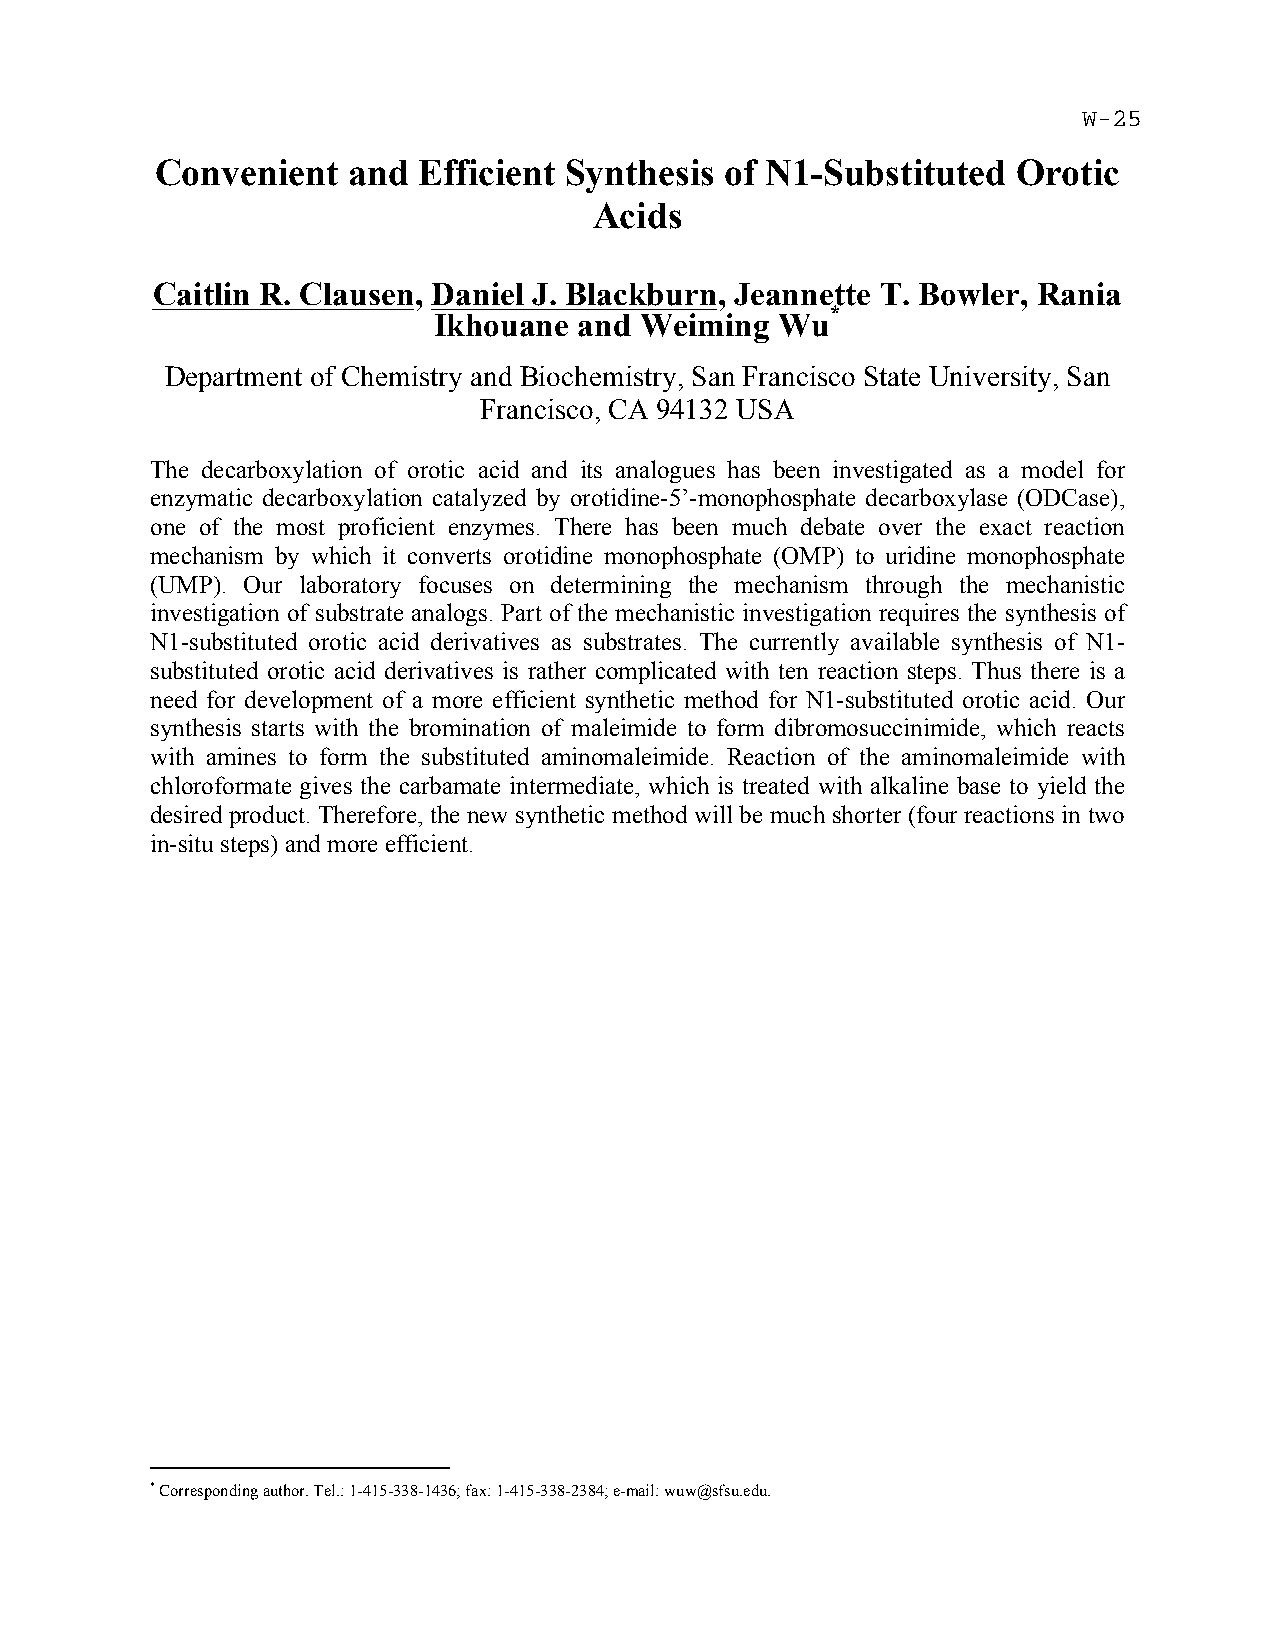
Convenient   and  Efficient Synthesis of N1-Substituted  Orotic
 Acids
 Caitlin R. Clausen, Daniel J. Blackburn, Jeannette T. Bowler, Rania
 *
 Ikhouane and Weiming   Wu
 Department of Chemistry and Biochemistry, San Francisco State University, San
 Francisco, CA 94132 USA
 The decarboxylation of orotic acid and its analogues has been investigated as a model for
 enzymatic decarboxylation catalyzed by orotidine-5’-monophosphate decarboxylase (ODCase),
 one of the most proficient enzymes. There has been much debate over the exact reaction
 mechanism by which it converts orotidine monophosphate (OMP) to uridine monophosphate
 (UMP). Our laboratory focuses on determining the mechanism through the mechanistic
 investigation of substrate analogs. Part of the mechanistic investigation requires the synthesis of
 N1-substituted orotic acid derivatives as substrates. The currently available synthesis of N1-
 substituted orotic acid derivatives is rather complicated with ten reaction steps. Thus there is a
 need for development of a more efficient synthetic method for N1-substituted orotic acid. Our
 synthesis starts with the bromination of maleimide to form dibromosuccinimide, which reacts
 with amines to form the substituted aminomaleimide. Reaction of the aminomaleimide with
 chloroformate gives the carbamate intermediate, which is treated with alkaline base to yield the
 desired product. Therefore, the new synthetic method will be much shorter (four reactions in two
 in-situ steps) and more efficient.
 * Corresponding author. Tel.: 1-415-338-1436; fax: 1-415-338-2384; e-mail: wuw@sfsu.edu.